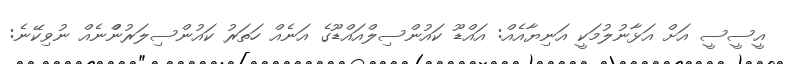
އީސީސީ އަށް އަޅާނުލުމަކީ އަނިޔާއެއް: އައްޑޫ ކައުންސިލްއައްޑޫގެ އަނެއް ހަތަރު ކައުންސިލަރުންްނެއް ނުވިކޭނެ: